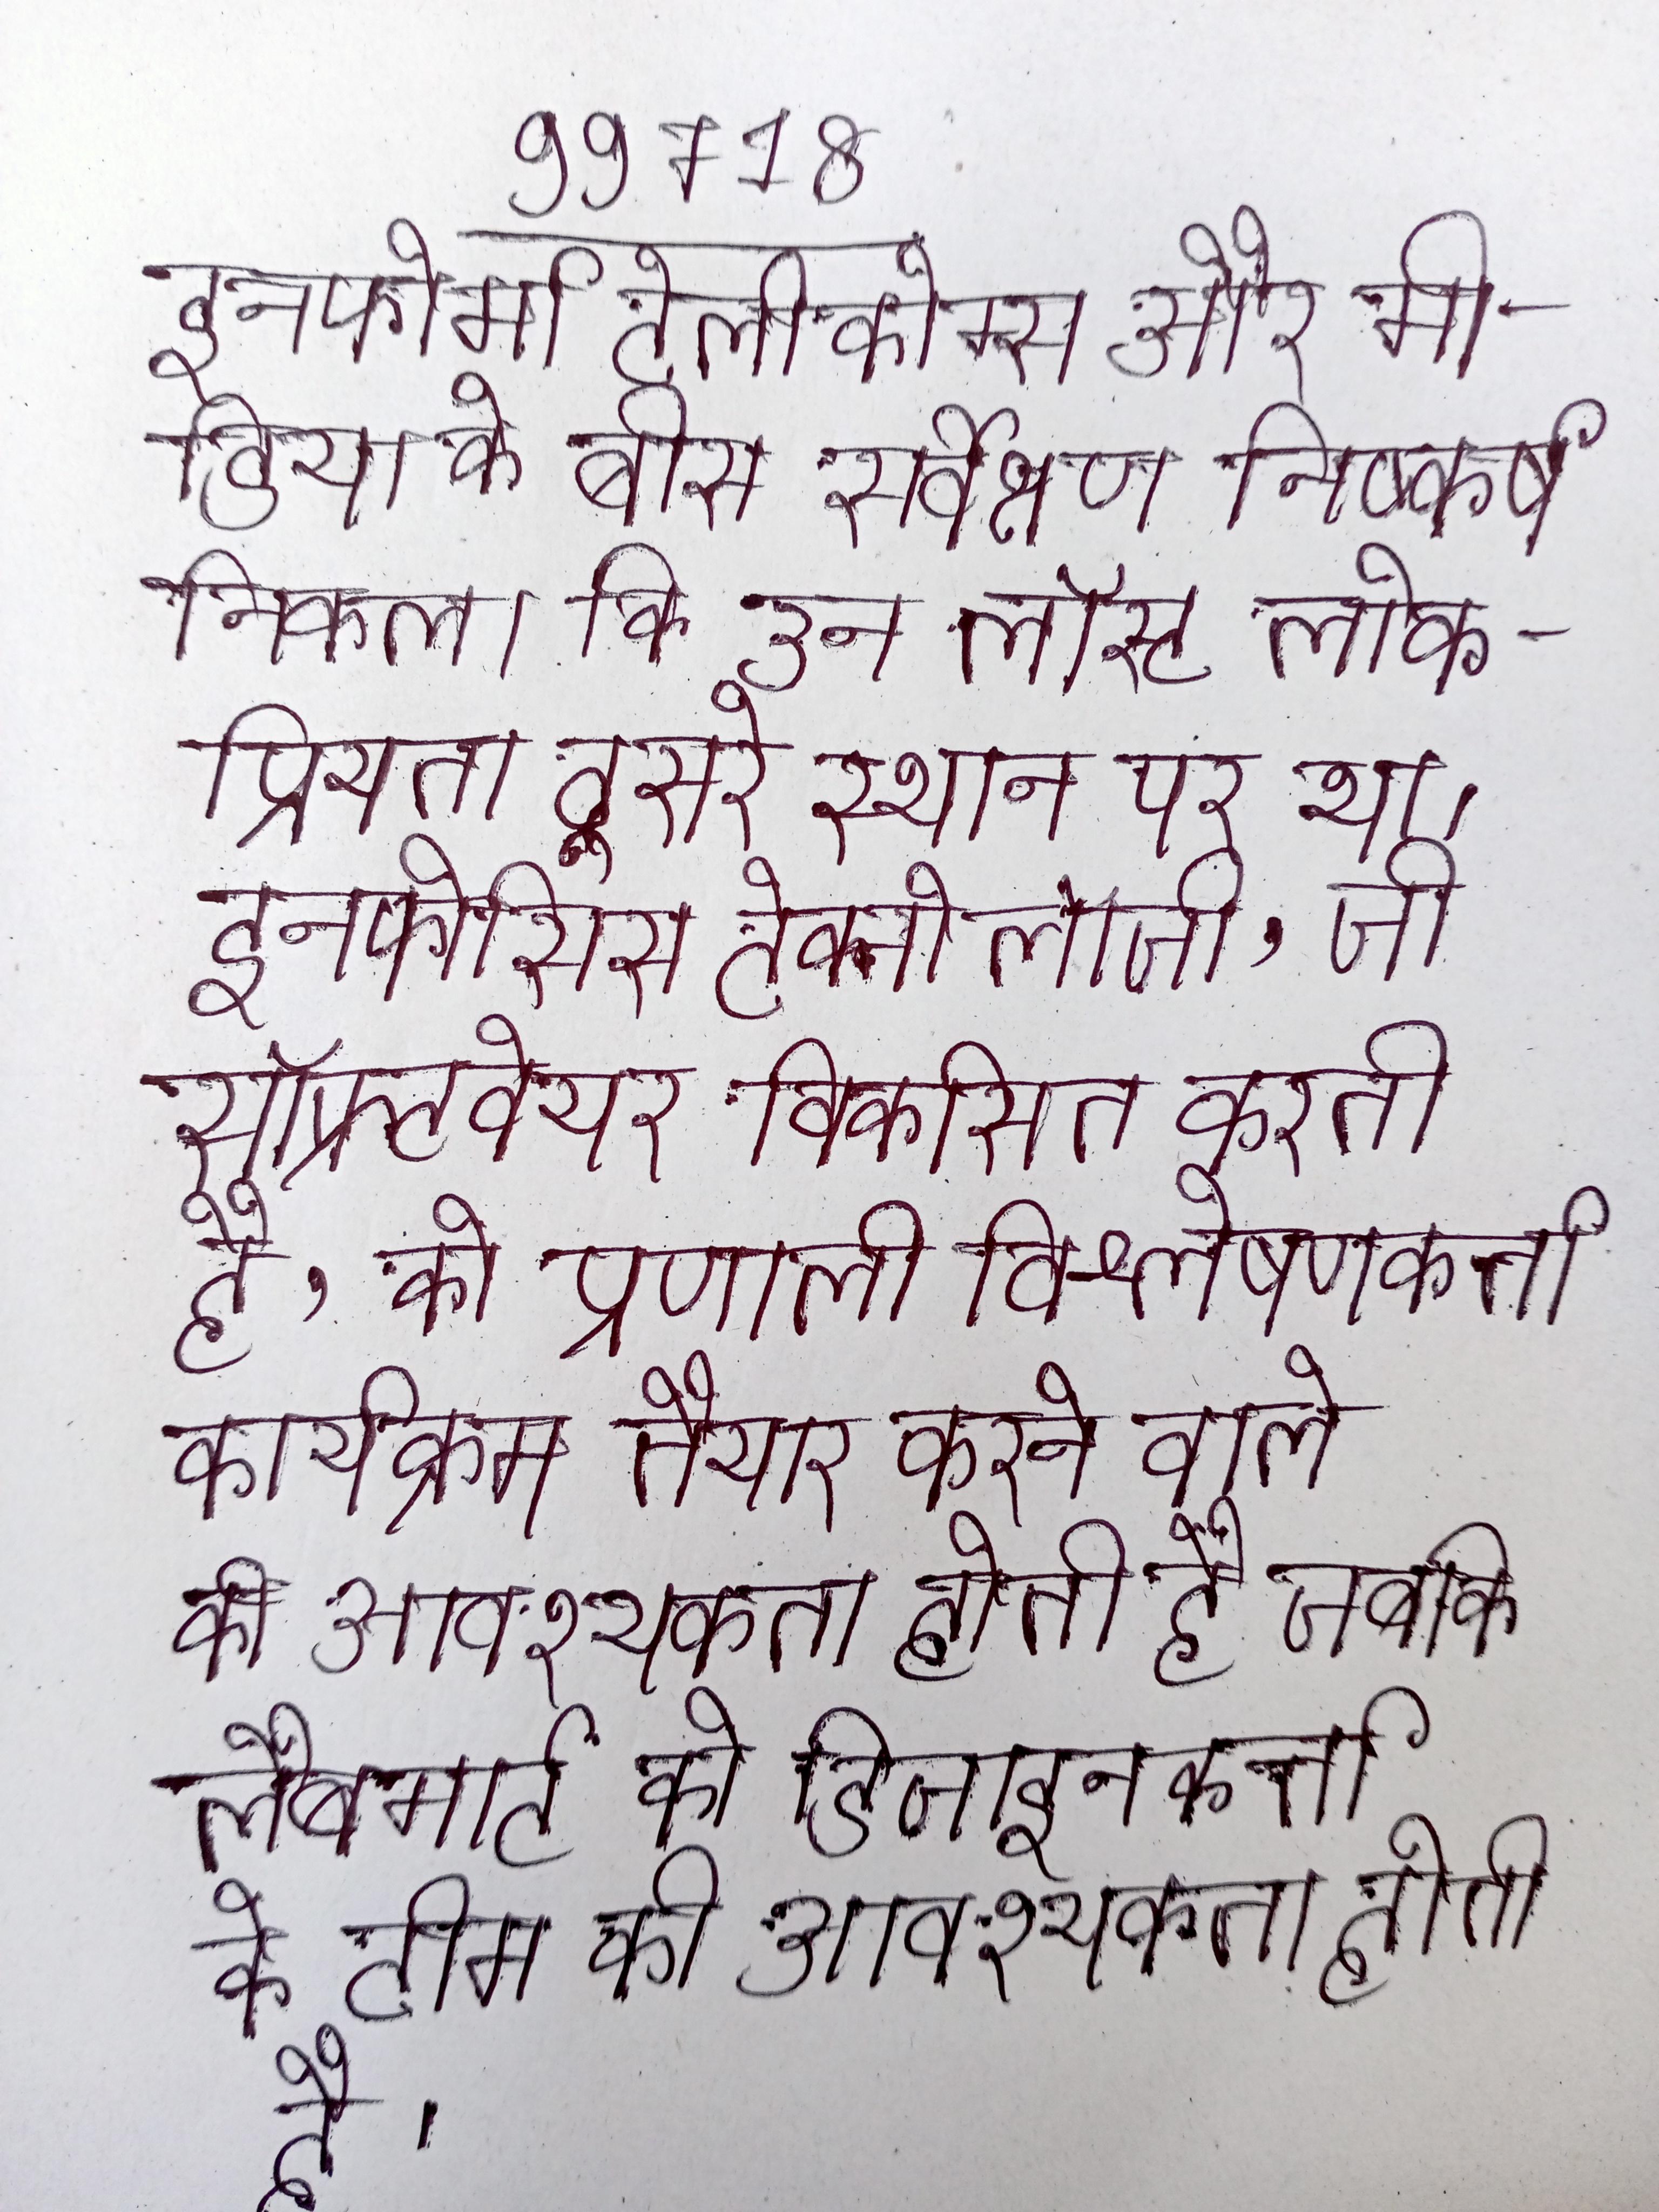
इनफोर्मा टेलीकोम्स और मीडिया के बीस सर्वेक्षण निष्कर्ष निकला कि उन लॉस्ट लोकप्रियता दूसरे स्थान पर था । इनफोसिस टेक्नोलॉजी, जो सॉफ्रटवेयर विकसित करती है, को प्रणाली विश्लेषणकर्त्ता कार्यक्रम तैयार करने वाले की आवश्यकता होती है जबकि लैबमार्ट को डिजाइनकर्त्ता के टीम की आवश्यकता होती है ।